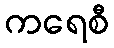
ကရေစီ